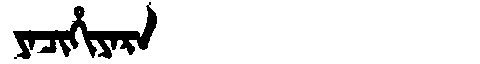
Manchu: ᠶᠠᠴᡳᡥᡳᠶᠠᡵᠠ
Romanization: YACIHIYARA